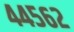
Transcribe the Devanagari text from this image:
४४५६२